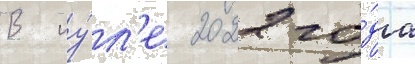
В иу́л'е 2022 го́да